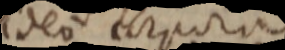
ideo corpora